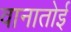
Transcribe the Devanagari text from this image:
वानातोई